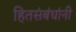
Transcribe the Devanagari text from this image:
हितसंबंधांनी